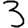
Digit: 3